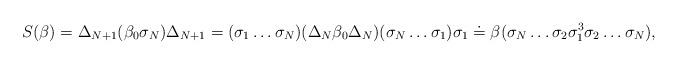
LaTeX: \begin{align*}S(\beta) &= \Delta_{N+1} (\beta_0 \sigma_N) \Delta_{N+1}=(\sigma_1\dots\sigma_N) (\Delta_N \beta_0 \Delta_N) (\sigma_N\dots\sigma_1) \sigma_1\mathrel{\dot{=}} \beta (\sigma_N\dots\sigma_2\sigma_1^3\sigma_2\dots\sigma_N),\end{align*}